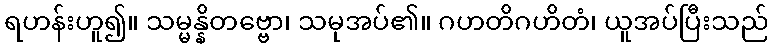
ရဟန်းဟူ၍။ သမ္မန္နိတဗ္ဗော၊ သမုအပ်၏။ ဂဟတိဂဟိတံ၊ ယူအပ်ပြီးသည်